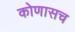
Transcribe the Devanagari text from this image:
कोणासच